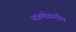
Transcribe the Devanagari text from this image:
यंत्रणेवारील